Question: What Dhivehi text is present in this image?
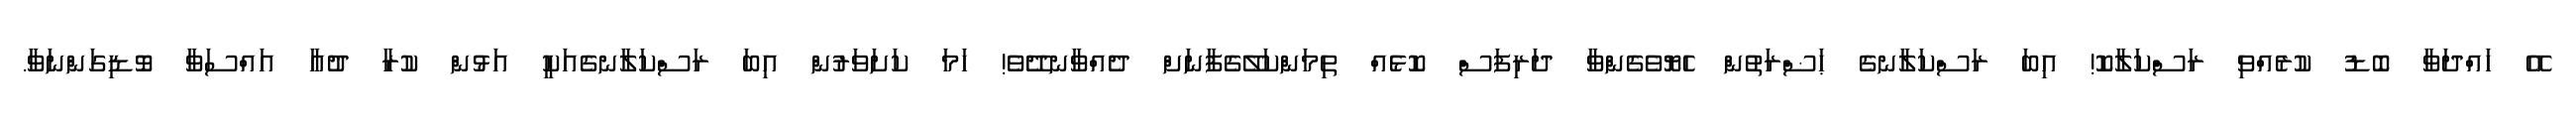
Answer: އޭ ހައްދަވާ ބޮޑު ކުރެއްވި ރަސްކަލާކޮ! އިބަ ރަސްކަލާނގެ ޙަޟްރަތުން ހެޔޮވެގެންވާ ދަރިފަސް ކޮޅެއް ތިމަންކަލޭގެފާނަށް ދެއްވާނދޭވެ! ހަމަ ކަށަވަރުން އިބަ ރަސްކަލާނގެއަކީ އަޅުން ކުރާ ދުޢާ އައްސަވާ ވޮޑިގަންނަވާ.